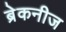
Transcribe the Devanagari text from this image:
ब्रेकनीज